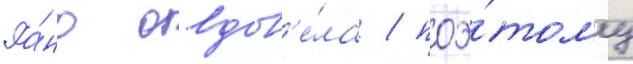
Ра́но овдов'е́ла / поэ́тому